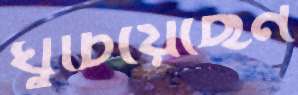
ঘুচিয়েছেন